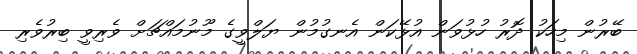
ބޭރުން މިހަކު ދޮރު ހުޅުވަން އުޅޭކަން އެނގުމުން ޔަލްވީގެ މޫނުމައްޗަށް ވެރިވީ ބިރުވެރި